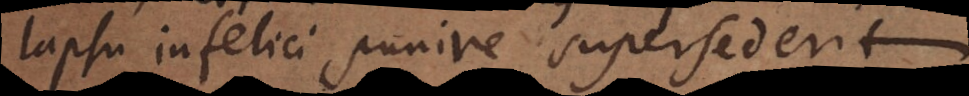
lapsu infelici punire supersederit.